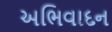
અભિવાદન